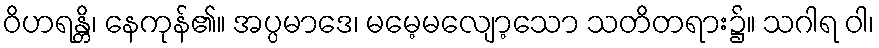
ဝိဟရန္တိ၊ နေကုန်၏။ အပ္ပမာဒေ၊ မမေ့မလျော့သော သတိတရား၌။ သဂါရ ဝါ၊